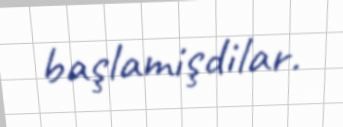
başlamişdilar.